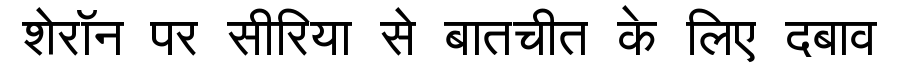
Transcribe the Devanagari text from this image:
शेरॉन पर सीरिया से बातचीत के लिए दबाव